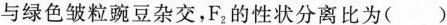
与绿色皱粒豌豆杂交，F_{2}的性状分离比为（）